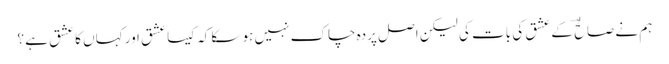
ہم نے صالحؔ کے عشق کی بات کی لیکن اصل پردہ چاک نہیں ہو سکا کہ کیسا عشق اور کہاں کا عشق ہے ؟